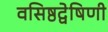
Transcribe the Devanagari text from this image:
वसिष्ठद्वेषिणी